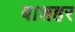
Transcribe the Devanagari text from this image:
बाशहर